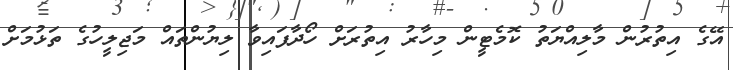
އޭގެ އިތުުރުން މާލިއްޔަތު ކޮމެޓީން މިހާރު އިތުރަށް ހޯދާފައިވާ ލިޔުންތައް މަޖިލީހުގެ ތަޅުމަށް